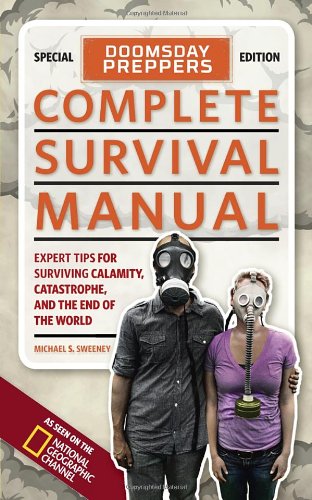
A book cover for Doomsday Preppers Complete Survival Manual: Expert Tips for Surviving Calamity, Catastrophe, and the End of the World; Michael Sweeney; Reference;